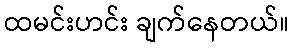
ထမင်းဟင်း ချက်နေတယ်။